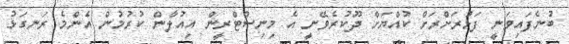
ބުނެފައިވަނީ ފަޅުރަށްރަށް ކުއްޔަށް ދޫކުރެވޭނީ އެ މިނިސްޓްރީން އިއުލާން ކުރުމުން އެންމެ ރަނގަޅު